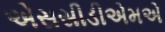
એસસીડીએમએ